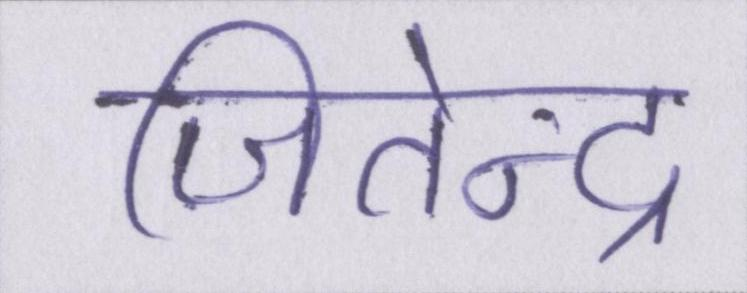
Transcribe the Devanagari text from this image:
जितेन्द्र